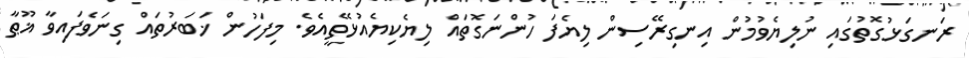
ރަނގަޅުގޮތުގައި ނުލިޔެވުމުން އިނގިރޭސިން ލިޔެފަ ހުންނަގޮތައް ލިޔެކިޔެއުޅޭތީއެވެ. މިފަހުން ޚަބަރުތައް ގިނަވެފައިވާ ޣޫޠާ